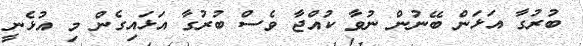
ބުރުގާ އަޅަން ބޭނުން ނުވާ ކުއްޖާ ވެސް ބުރުގާ އަޅައިގެން މި އުޅެނީ